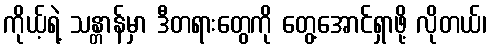
ကိုယ့်ရဲ့ သန္တာန်မှာ ဒီတရားတွေကို တွေ့အောင်ရှာဖို့ လိုတယ်၊